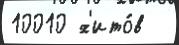
10010 х'ито́в